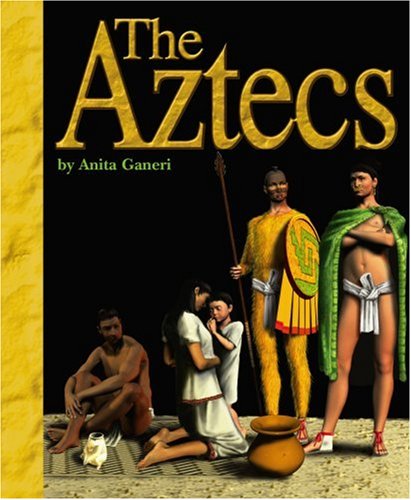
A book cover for The Aztecs (Ancient Civilizations); Anita Ganeri; Children's Books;